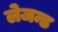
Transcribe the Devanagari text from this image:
लेजन्ड